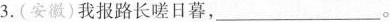
3.(安徽)我报路长嗟日暮，\underline。